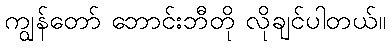
ကျွန်တော် ဘောင်းဘီတို လိုချင်ပါတယ်။